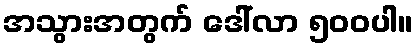
အသွားအတွက် ဒေါ်လာ ၅၀၀ပါ။